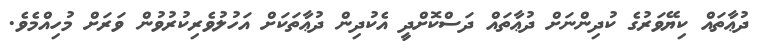
ދުޢާތައް ކިޔޭވަރުގެ ކުދިންނަށް ދުޢާތައް ދަސްކޮށްދީ އެކުދިން ދުޢާތަކަށް އަހުލުވެރިކުރުވުން ވަރަށް މުހިއްމެވެ.